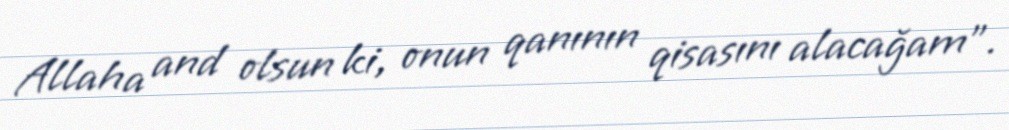
Allaha and olsun ki, onun qanının qisasını alacağam”.